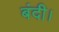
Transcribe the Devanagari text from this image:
बंदी।